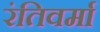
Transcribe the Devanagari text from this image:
रंतिवर्मा